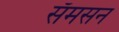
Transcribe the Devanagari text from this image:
सॅमसन